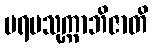
ပရမသုက္ကာဘိဇာတိ